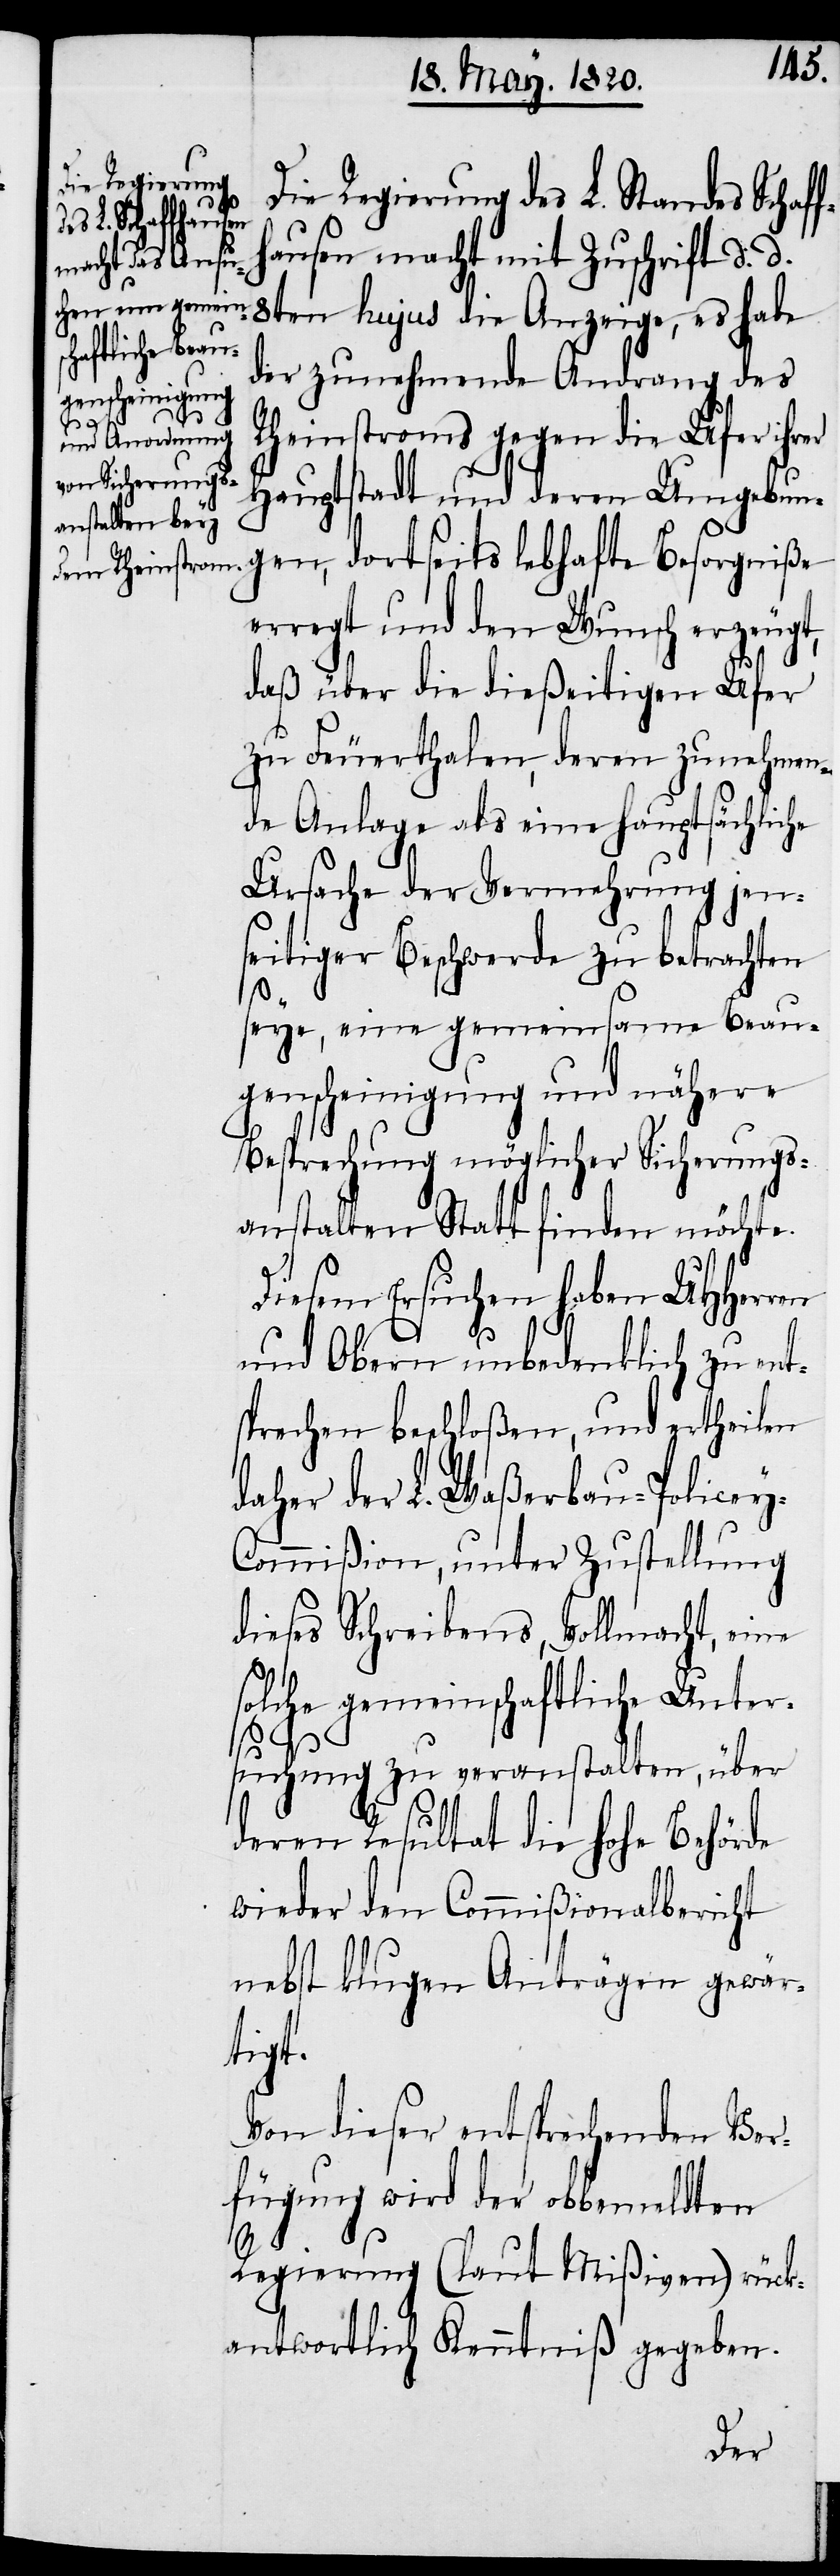
Die Regierung des L. Standes Schaff¬
hausen macht mit Zuschrift d. d.
8ten hujus die Anzeige, es habe
der zunehmende Andrang des
Rheinstroms gegen die Ufer ihrer
Hauptstadt und deren Umgebun¬
gen, dortseits lebhafte Besorgniße
erregt und den Wunsch erzeugt,
daß über die dießeitigen Ufer
zu Feuerthalen, deren zunehmen¬
de Anlage als eine hauptsächliche
Ursache der Vermehrung jen¬
seitiger Beschwerde zu betrachten
seye, eine gemeinsame Beau¬
genscheinigung und nähere
Besprechung möglicher Sicherungs¬
anstalten Statt finden möchte.
Diesem Ersuchen haben UHHerren
und Obern unbedenklich zu ent¬
sprechen beschloßen, und ertheilen
daher der L. Waßerbau-Policey-C¬
ommißion, unter Zustellung
dieses Schreibens, Vollmacht, eine
solche gemeinschaftliche Unter¬
suchung zu veranstalten, über
deren Resultat die Hohe Behörde
wieder den Commißionalbericht
nebst klugen Anträgen gewär¬
tigt.
Von dieser entsprechenden Ver¬
fügung wird der obbemeldten
Regierung (laut Mißiven) rück¬
antwortlich Kenntniβ gegeben.